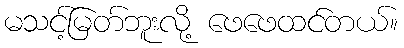
မသင့်မြတ်ဘူးလို့ ဖေဖေထင်တယ်။